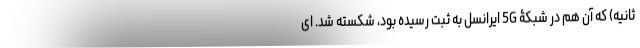
ثانیه) که آن هم در شبکۀ 5G ایرانسل به ثبت رسیده بود، شکسته شد. ای